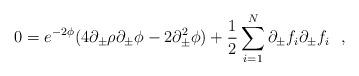
LaTeX: \begin{align*}0=e^{-2\phi}(4\partial_\pm\rho\partial _\pm \phi - 2\partial^2_\pm \phi ) +{1\over 2}\sum_{i=1}^N\partial_\pm f_i\partial_\pm f_i\ \ ,\end{align*}